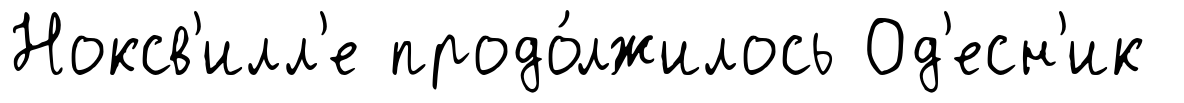
Ноксв'илл'е продо́лжилось Од'есн'ик